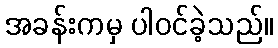
အခန်းကမှ ပါဝင်ခဲ့သည်။